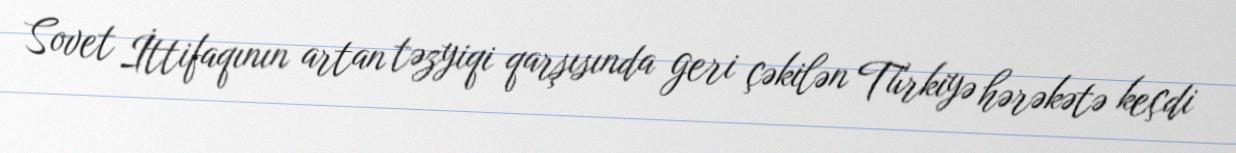
Sovet İttifaqının artan təzyiqi qarşısında geri çəkilən Türkiyə hərəkətə keçdi